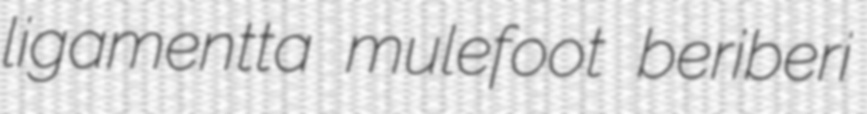
ligamentta mulefoot beriberi